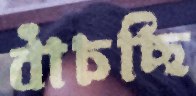
বাঁচছি